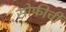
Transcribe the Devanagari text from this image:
सोफीची